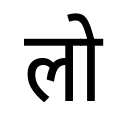
OCR:
लो